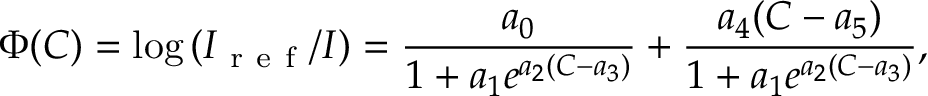
\Phi ( C ) = \log \left( I _ { \mathrm { ~ r ~ e ~ f ~ } } / I \right) = \frac { a _ { 0 } } { 1 + a _ { 1 } e ^ { a _ { 2 } ( C - a _ { 3 } ) } } + \frac { a _ { 4 } ( C - a _ { 5 } ) } { 1 + a _ { 1 } e ^ { a _ { 2 } ( C - a _ { 3 } ) } } ,